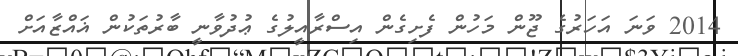
2014 ވަނަ އަހަރުގެ ޖޫން މަހުން ފެށިގެން އިސްރާއީލުގެ ޢުދުވާނީ ބާރުތަކުން ޣައްޒާއަށް